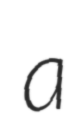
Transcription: a